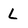
Character: L